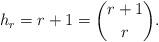
LaTeX: \begin{align*}h_r = r + 1 = { r + 1 \choose r}.\end{align*}